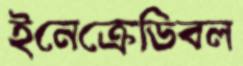
ইনেক্রেডিবল